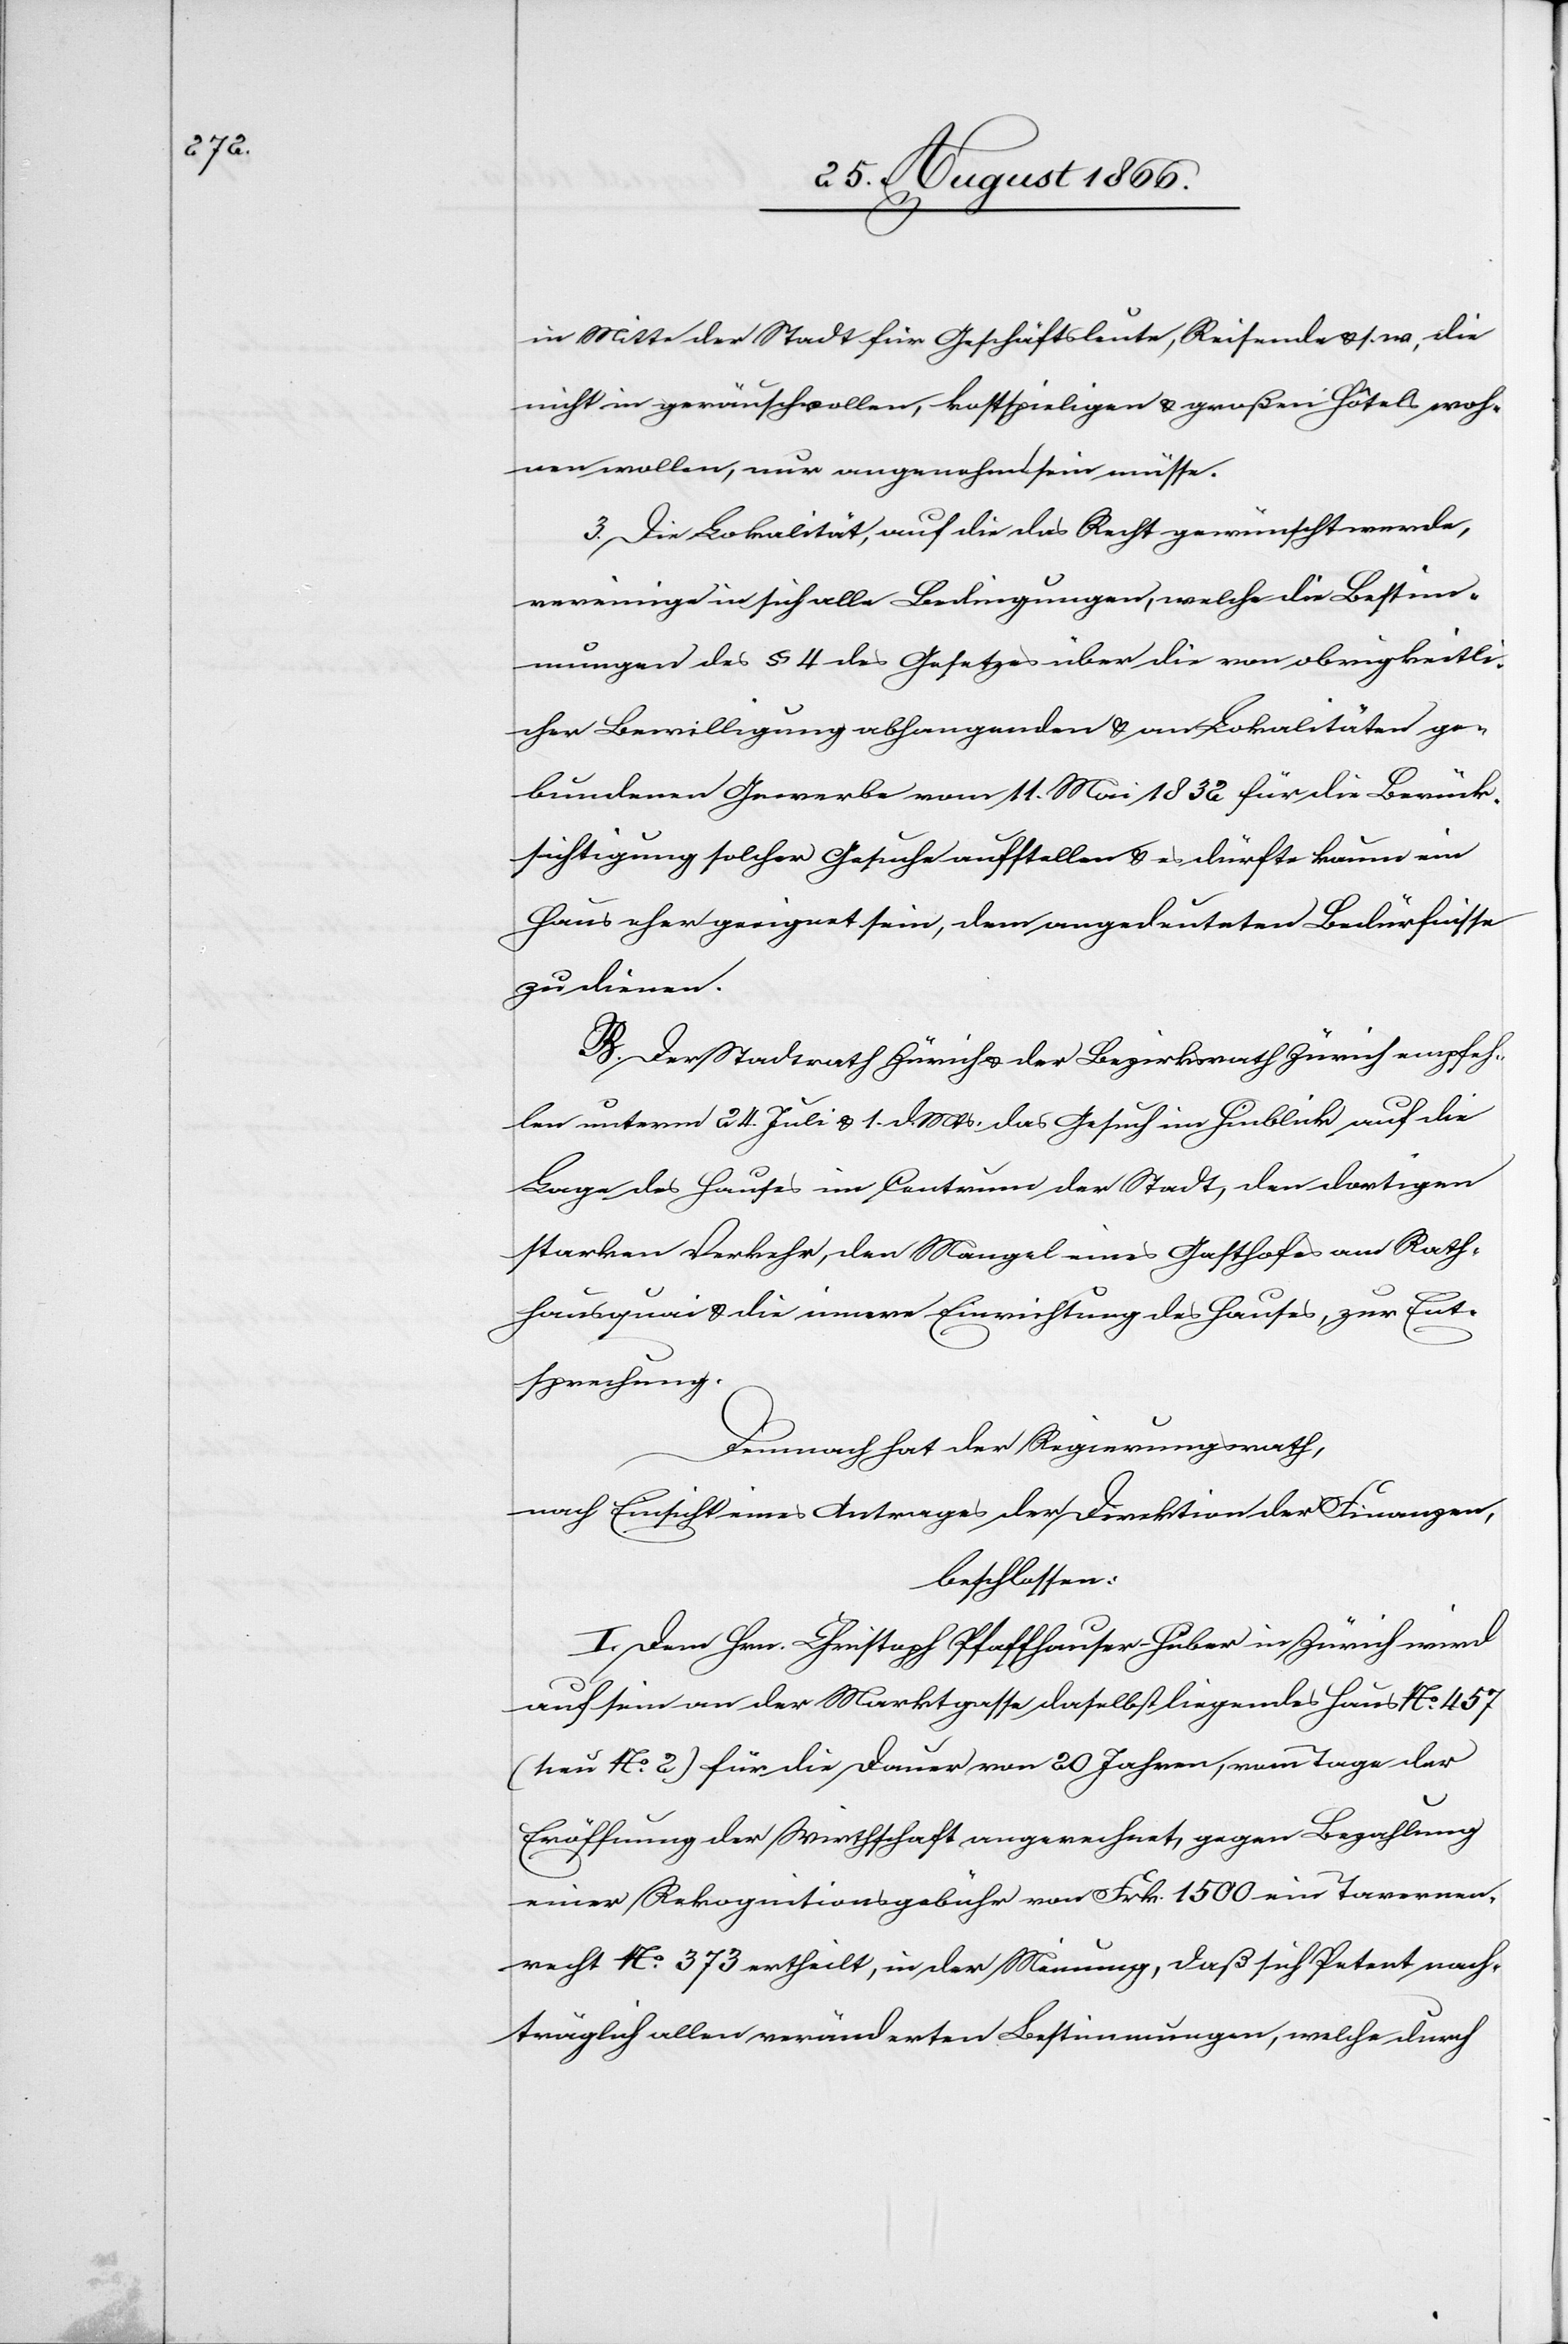
in Mitte der Stadt für Geschäftsleute, Reisende u. s. w., die
nicht in geräuschvollen, kostspieligen u. großen Hôtels woh¬
nen wollen, nur angenehm sein müsse.
3. Die Lokalität, auf die das Recht gewünscht werde,
vereinige in sich alle Bedingungen, welche die Bestim¬
mungen des § 4 des Gesetzes über die von obrigkeitli¬
cher Bewilligung abhangenden u. an Lokalitäten ge¬
bundenen Gewerbe vom 11. Mai 1832 für die Berück¬
sichtigung solcher Gesuche aufstellen u. es dürfte kaum ein
Haus eher geeignet sein, dem angedeuteten Bedürfnisse
zu dienen.
B. Der Stadtrath Zürich u. der Bezirksrath Zürich empfeh¬
len unterm 24. Juli u. 1. dMts. das Gesuch im Hinblick auf die
Lage des Hauses im Centrum der Stadt, den dortigen
starken Verkehr, den Mangel eines Gasthofes am Rath¬
hausquai u. die innere Einrichtung des Hauses, zur Ent¬
sprechung.
Demnach hat der Regierungsrath,
nach Einsicht eines Antrages der Direktion der Finanzen,
beschlossen:
I. Dem Hrn. Christoph Pfaffhauser-Huber in Zürich wird
auf sein an der Marktgasse daselbst liegendes Haus No. 457
(neu No. 2) für die Dauer von 20 Jahren, vom Tage der
Eröffnung der Wirthschaft angerechnet, gegen Bezahlung
einer Rekognitionsgebühr von Frk. 1500 ein Tavernen¬
recht No. 373 ertheilt, in der Meinung, daß sich Petent nach¬
träglich allen veränderten Bestimmungen, welche durch